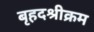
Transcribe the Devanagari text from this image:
बृहदश्रीक्रम